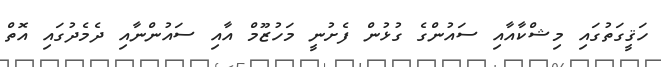
ހަޤީގަތުގައި މިޝްކާއާއި ސައުންގެ ގުޅުން ފެށުނީ މަހުޒޫމް އާއި ސައުންނާއި ދެމެދުގައި އޮތް